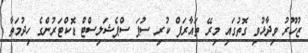
ޒުހޫރު ވިދާޅުވި ގޮތުގައި މިރޭ ތައާރަފް ކުރި ސުޕަ ސްޕެޝަލިސްޓް ޑޮކްޓަރުންގެ ހިދުމަތާ